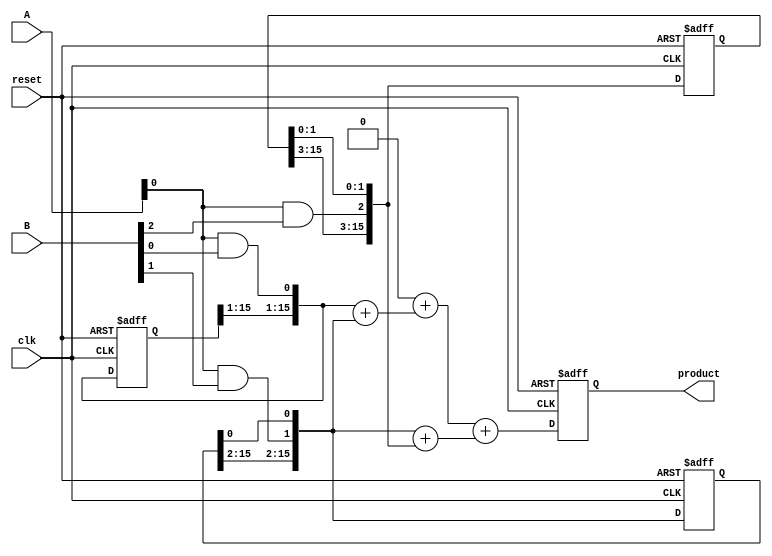
module pipelined_wallace_tree_multiplier #(parameter N = 8) (
    input wire clk,
    input wire reset,
    input wire [N-1:0] A,
    input wire [N-1:0] B,
    output reg [2*N-1:0] product
);

    // Registers to hold intermediate values
    reg [N-1:0] pp[N-1:0]; // Partial Products
    reg [2*N-1:0] stage1[N/2:0]; // Intermediate results after the first stage
    reg [2*N-1:0] stage2[N/4:0]; // Intermediate results after the second stage
    reg [2*N-1:0] final_sum;
    reg [2*N-1:0] final_out;

    // Stage 1: Generate Partial Products
    integer i, j;
    always @(posedge clk or posedge reset) begin
        if (reset) begin
            product <= 0;
            for (i = 0; i < N; i=i+1) begin
                pp[i] <= 0;
                stage1[i] <= 0;
                if (i % 2 == 0) stage2[i/2] <= 0;
            end
            final_sum <= 0;
            final_out <= 0;
        end else begin
            // Generate partial products
            for (i = 0; i < N; i = i + 1) begin
                pp[i] = A & {N{B[i]}};
            end

            // Stage 1: Reduce using Wallace Tree
            for (i = 0; i < N; i = i + 1) begin
                for (j = 0; j < N; j = j + 1) begin
                    if (i + j < 2*N) begin
                        stage1[i+j][i+j] = pp[i][j];
                    end
                end
            end
            
            // Stage 2: Further reduction
            // Example reduction, assumes a simple addition for brevity
            for (i = 0; i < N/2; i = i + 1) begin
                stage2[i] = stage1[i] + stage1[i + 1]; // Simplification
            end
            
            // Final summation stage: Sum up reduced results
            final_sum = 0;
            for (i = 0; i < N/4; i = i + 1) begin
                final_sum = final_sum + stage2[i]; // Another simplification
            end

            // Store final product
            product <= final_sum;
        end
    end
endmodule